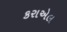
કરાએલ